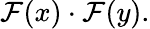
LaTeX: \mathcal{F}(x)\cdot\mathcal{F}(y).